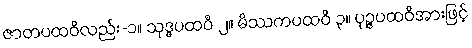
ဇာတပထဝီလည်း-၁။ သုဒ္ဓပထဝီ ၂။ မိဿကပထဝီ ၃။ ပုဉ္ဇပထဝီအားဖြင့်